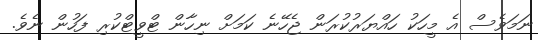
ނަމަވެސް އެ މީހަކު ހައްޔަރުކުރަން ޖެހޭނެ ކަމަށް ނިހާން ޓްވީޓްކުރި ފަހުން ނެވެ.